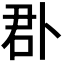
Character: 𠧬